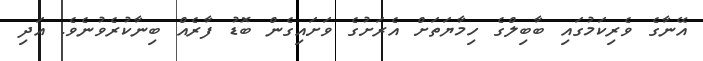
އޭނާގެ ވެރިކަމުގައި ބާބިލްގެ ހިމާޔަތަށް އެރަށުގެ ވަށައިގެން ބޮޑު ފާރެއް ބިނާކުރެވުނެވެ. އަދި